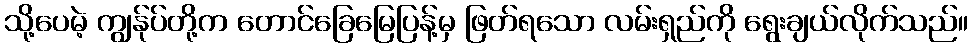
သို့ပေမဲ့ ကျွန်ုပ်တို့က တောင်ခြေမြေပြန့်မှ ဖြတ်ရသော လမ်းရှည်ကို ရွေးချယ်လိုက်သည်။